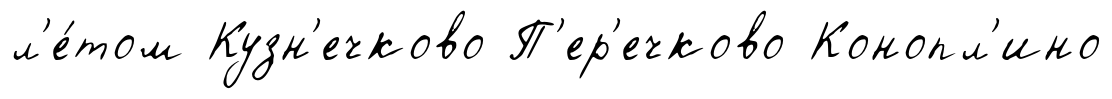
л'е́том Кузн'ечково П'ер'ечково Конопл'ино